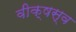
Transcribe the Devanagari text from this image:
वीक्षस्व